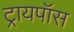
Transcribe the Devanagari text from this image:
ट्रायपॉस